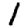
Digit: 1